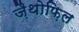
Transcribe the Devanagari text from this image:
ज़ैथोफ़िल